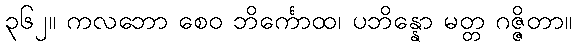
၃၆၂။ ကလဘော စေဝ ဘိင်္ကောထ၊ ပဘိန္နော မတ္တ ဂဇ္ဇိတာ။